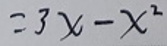
\[
=3x - x^{2}
\]